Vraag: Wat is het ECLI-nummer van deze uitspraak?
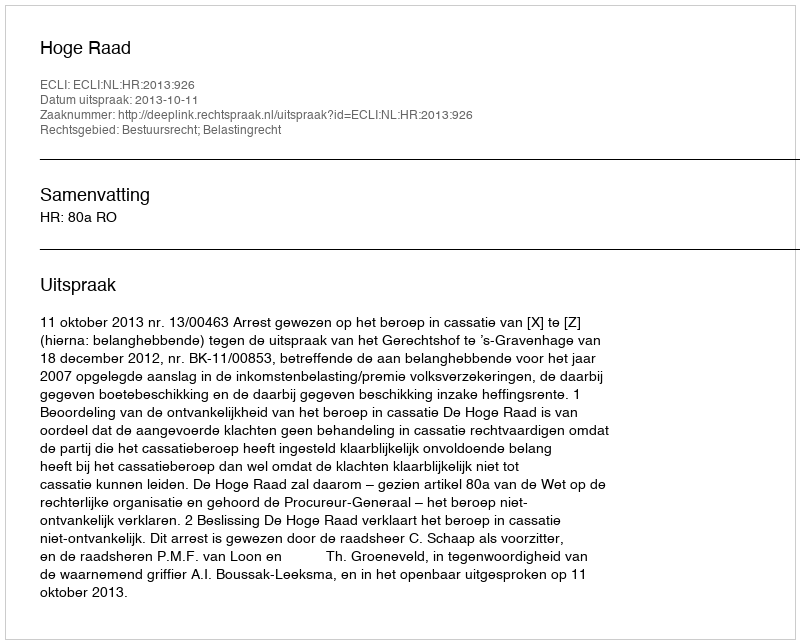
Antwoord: ECLI:NL:HR:2013:926